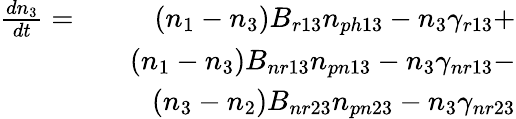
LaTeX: \begin{array}{rlr}{\frac{dn_{3}}{dt}=}&{}&{(n_{1}-n_{3})B_{r13}n_{ph13}-n_{3}\gamma_{r13}+}\\ &{}&{(n_{1}-n_{3})B_{nr13}n_{pn13}-n_{3}\gamma_{nr13}-}\\ &{}&{(n_{3}-n_{2})B_{nr23}n_{pn23}-n_{3}\gamma_{nr23}}\end{array}